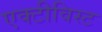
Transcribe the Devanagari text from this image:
एक्टीविस्ट